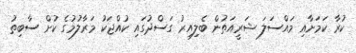
ކުރާ ކަމަށާއި މައްސަލަ ޝަރީއަތުން ބެލިއިރު ގަސްދުގައި ކުއްޖަކު މަރާލުމުގެ ކުށް ސާބިތު